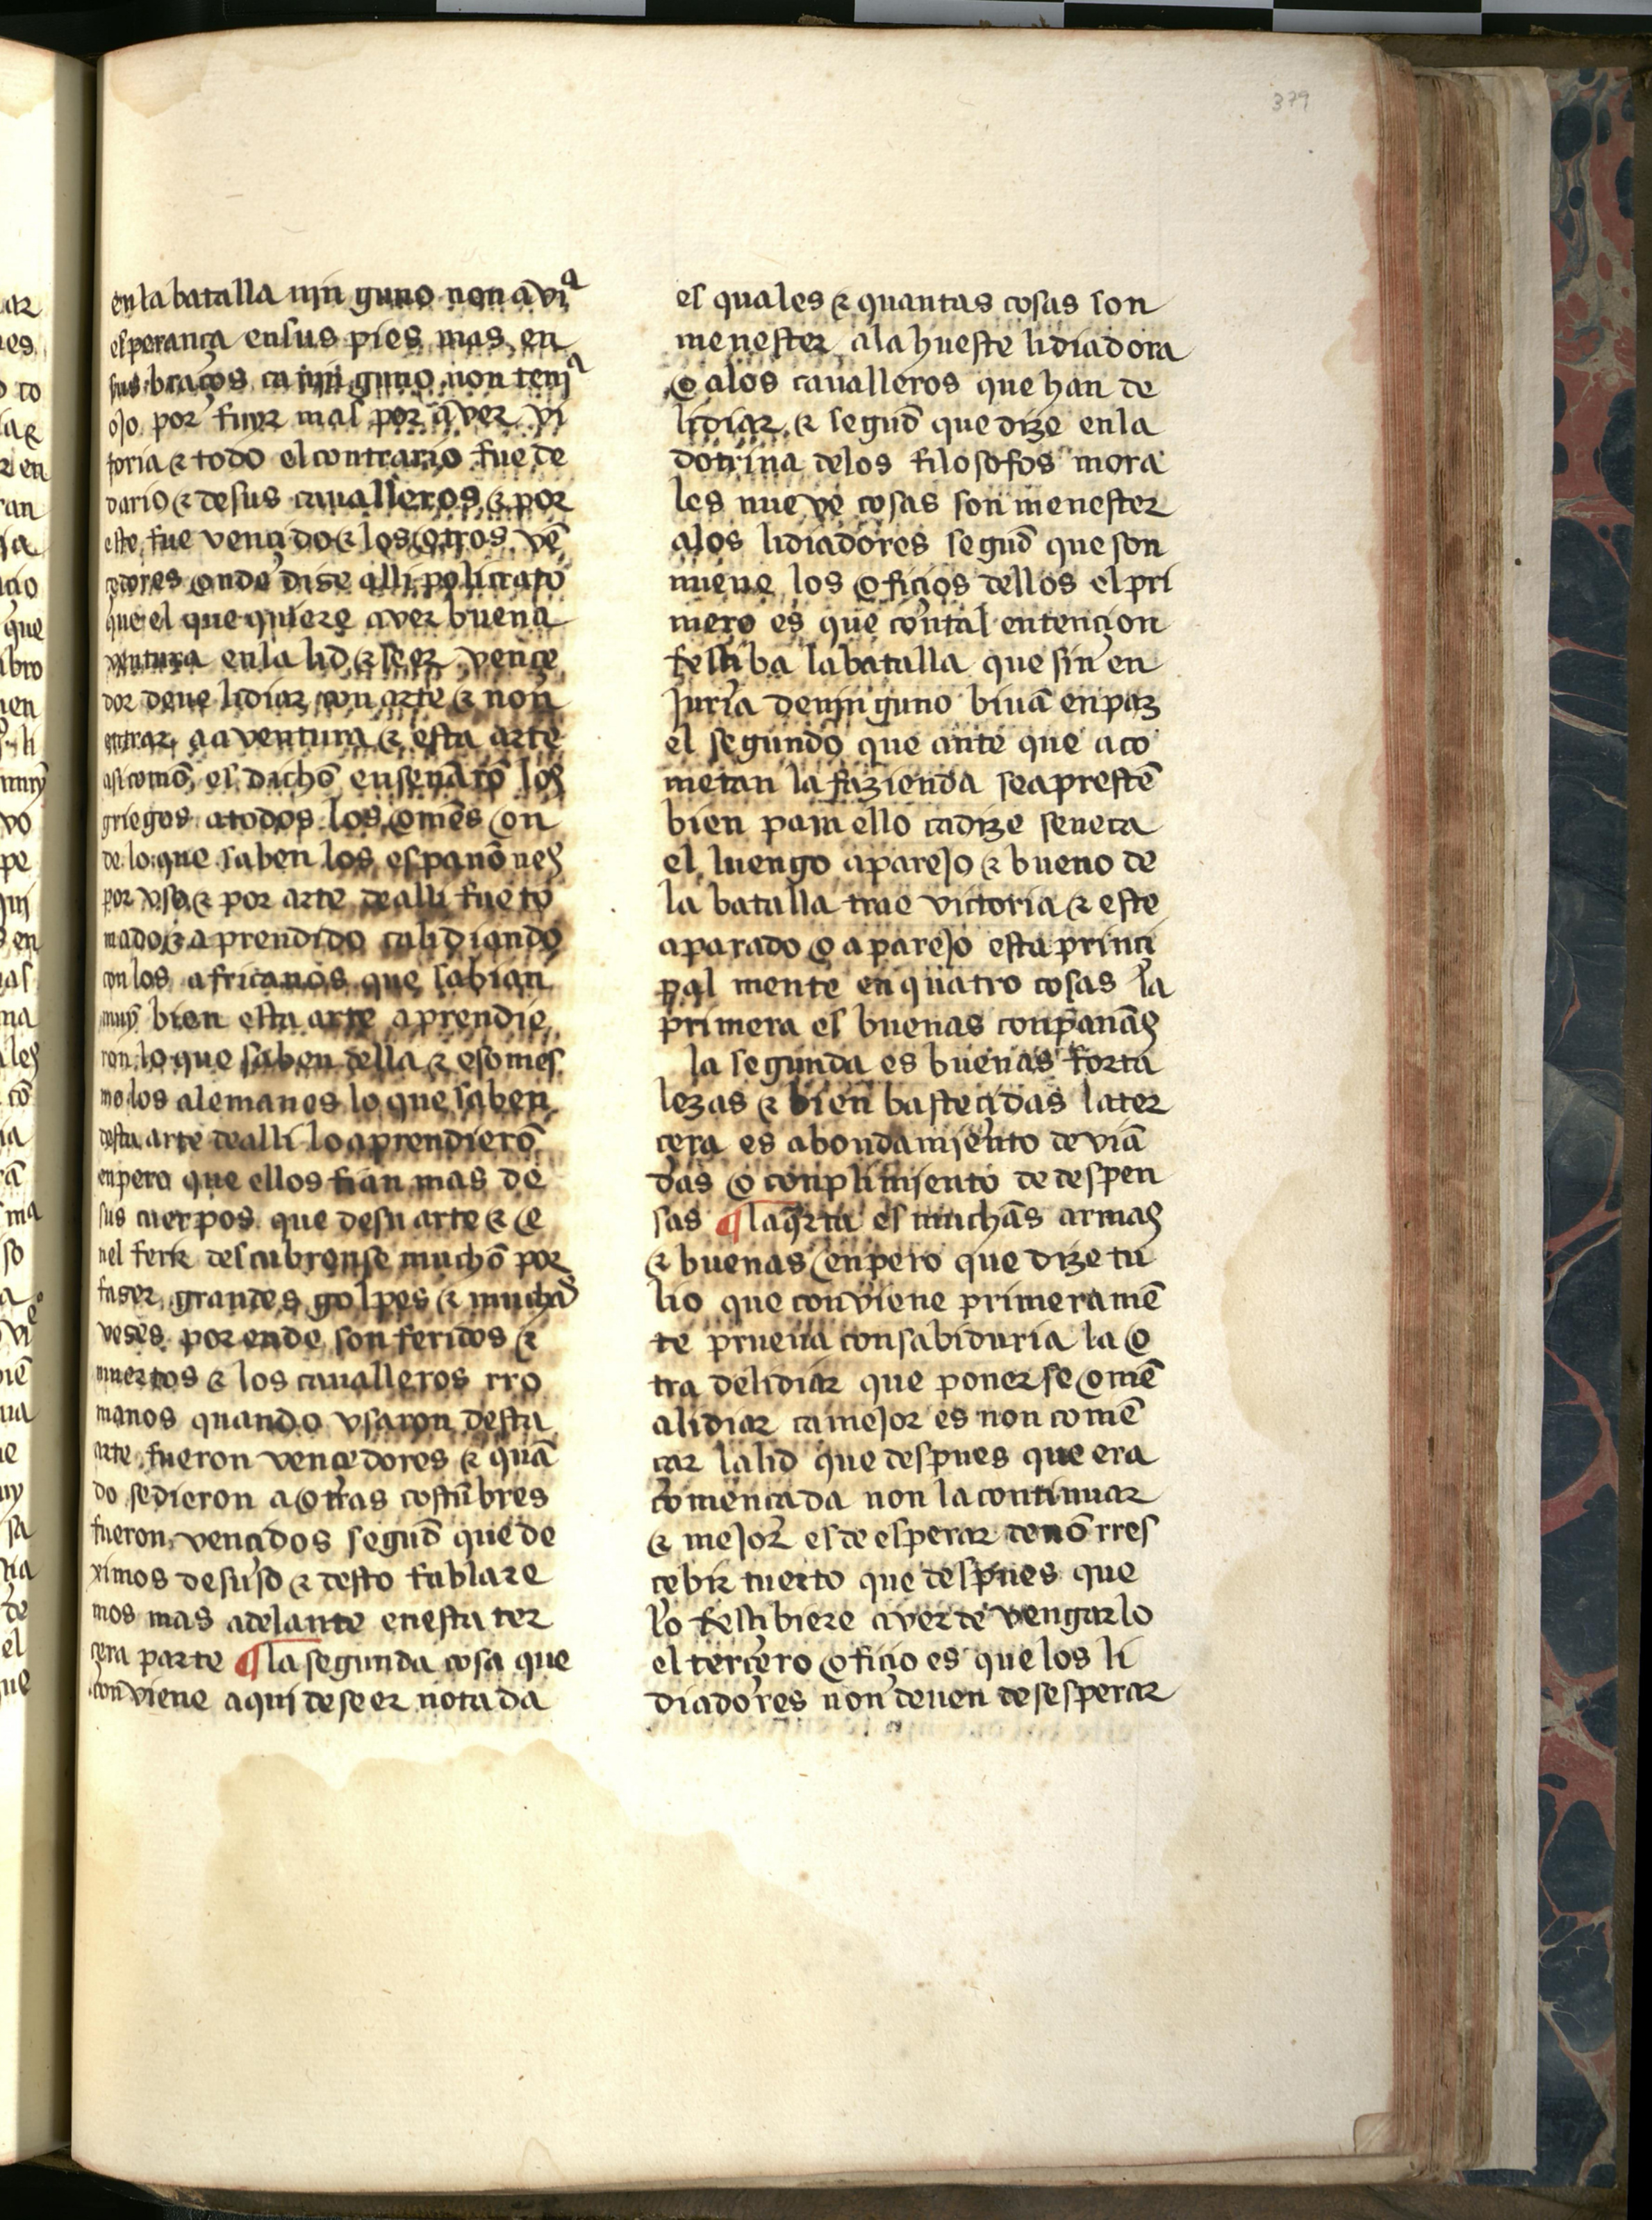
Shelfmark: Salamanca, Biblioteca Histórica USAL, 2709
Century: 15